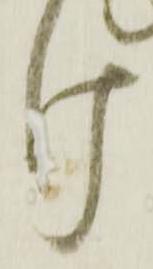
け